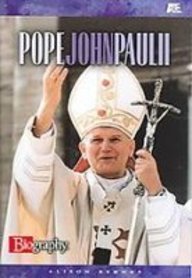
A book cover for Pope John Paul II (Biography (a & E)); Alison M. Behnke; Teen & Young Adult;